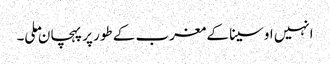
انہیں اوسینا کے مغرب کے طور پر پہچان ملی۔